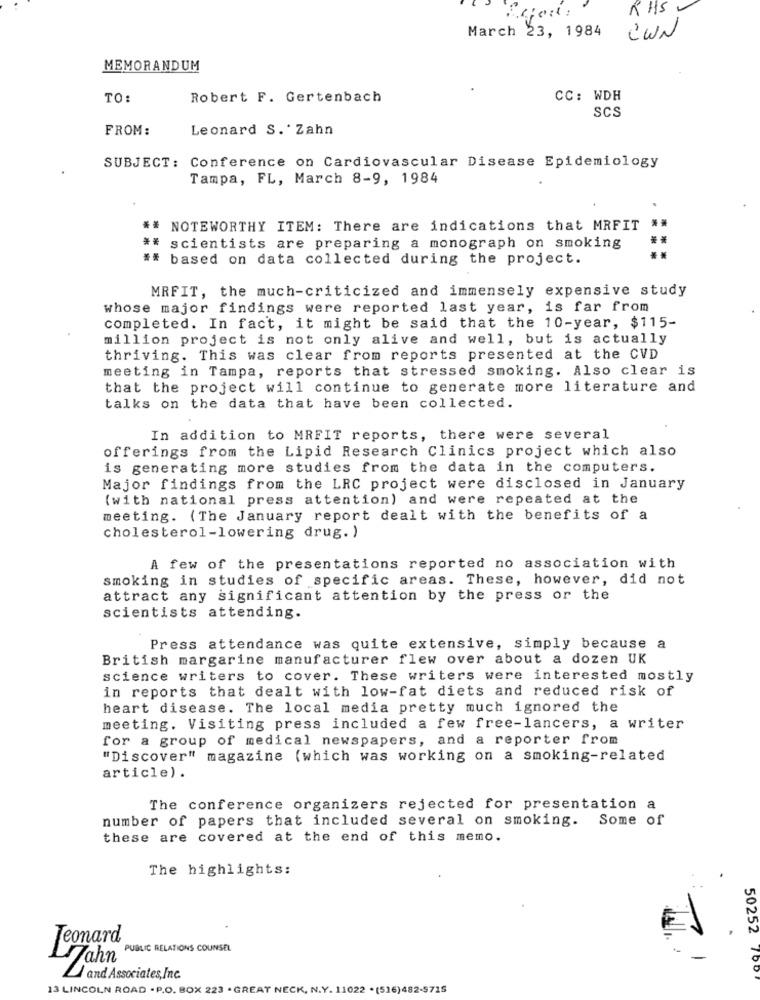
RHS
March 23, 1984
CWN
MEMORANDUM
TO:
Robert F. Gertenbach
CC: WDH
SCS
FROM:
Leonard S. Zahn
SUBJECT: Conference on Cardiovascular Disease Epidemiology
Tampa, FL, March 8-9, 1984
..
NOTEWORTHY ITEM: There are indications that MRFIT **
** scientists are preparing a monograph on smoking
## based on data collected during the project.
MRFIT, the much-criticized and immensely expensive study
whose major findings were reported last year, is far from
completed. In fact, it might be said that the 10-year, $115-
million project is not only alive and well, but is actually
thriving. This was clear from reports presented at the CVD
meeting in Tampa, reports that stressed smoking. Also clear is
that the project will continue to generate more literature and
talks on the data that have been collected.
In addition to MRFIT reports, there were several
offerings from the Lipid Research Clinics project which also
is generating more studies from the data in the computers.
Major findings from the LRC project were disclosed in January
(with national press attention) and were repeated at the
meeting. (The January report dealt with the benefits of a
cholesterol-lowering drug. )
A few of the presentations reported no association with
smoking in studies of specific areas. These, however, did not
attract any significant attention by the press or the
scientists attending.
Press attendance was quite extensive, simply because a
British margarine manufacturer flew over about a dozen UK
science writers to cover. These writers were interested mostly
in reports that dealt with low-fat diets and reduced risk of
heart disease. The local media pretty much ignored the
meeting. Visiting press included a few free-lancers, a writer
for a group of medical newspapers, and a reporter from
"Discover" magazine (which was working on a smoking-related
article) .
The conference organizers rejected for presentation a
number of papers that included several on smoking.
Some of
these are covered at the end of this memo.
The highlights:
50252
Leonard
PUBLIC RELATIONS COUNSEL
Jahn
and Associates,Inc.
13 LINCOLN ROAD . P.O. BOX 223 . GREAT NECK, N.Y. 11022 . (516)482-5715